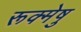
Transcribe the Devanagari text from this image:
रूक्मेषु